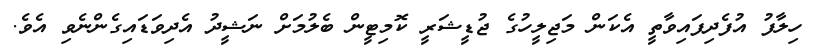
ހިލާފު އުފެދިފައިވާތީ އެކަން މަޖިލީހުގެ ޖުޑީޝަރީ ކޮމިޓީން ބެލުމަށް ނަޝީދު އެދިވަޑައިގެންނެވި އެވެ.